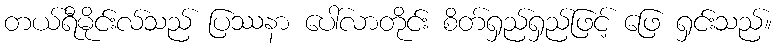
တယ်ရီမိုင်းလ်သည် ပြဿနာ ပေါ်လာတိုင်း စိတ်ရှည်ရှည်ဖြင့် ဖြေ ရှင်းသည်။